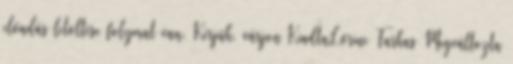
előadás letöltése folymat van. Kérjük, várjon KiadtaLőrinc Farkas Megváltozta